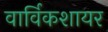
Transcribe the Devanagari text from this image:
वार्विकशायर